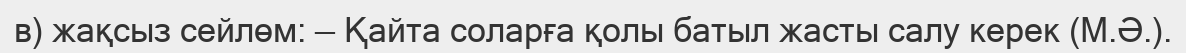
в) жақсыз сейлөм: — Қайта соларға қолы батыл жасты салу керек (М.Ә.).